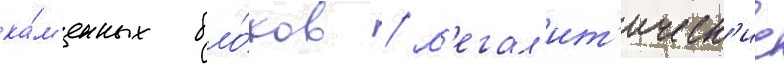
ка́м'енных бло́ков / м'егал'ит'ическ'ие